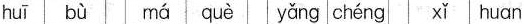
huī bù má què yǎng chéng xǐ huan